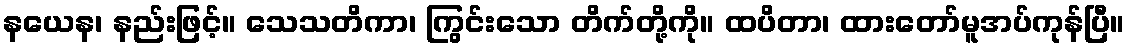
နယေန၊ နည်းဖြင့်။ သေသတိကာ၊ ကြွင်းသော တိက်တို့ကို။ ထပိတာ၊ ထားတော်မူအပ်ကုန်ပြီ။